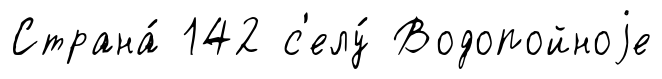
Страна́ 142 с'елу́ Водопойноjе